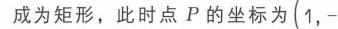
成为矩形，此时点 \(P\) 的坐标为 \((1,-\)